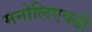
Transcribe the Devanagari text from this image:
मनोलिएवढी